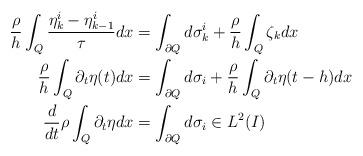
LaTeX: \begin{align*} \frac{\rho}{h}\int_Q \frac{\eta_k^i-\eta_{k-1}^i}{\tau} dx &= \int_{\partial Q} d \sigma^i_k + \frac{\rho}{h}\int_Q \zeta_k dx \\ \frac{\rho}{h}\int_Q \partial_t \eta(t) dx &= \int_{\partial Q} d \sigma_i + \frac{\rho}{h}\int_Q \partial_t \eta(t-h) dx \\ \frac{d}{dt}\rho \int_Q \partial_t \eta dx &= \int_{\partial Q} d \sigma_i \in L^2(I)\end{align*}